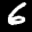
Label: 6